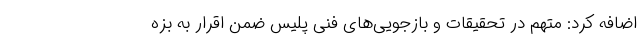
اضافه کرد: متهم در تحقیقات و بازجویی‌های فنی پلیس ضمن اقرار به بزه